Report on the cultivation and use of ganja
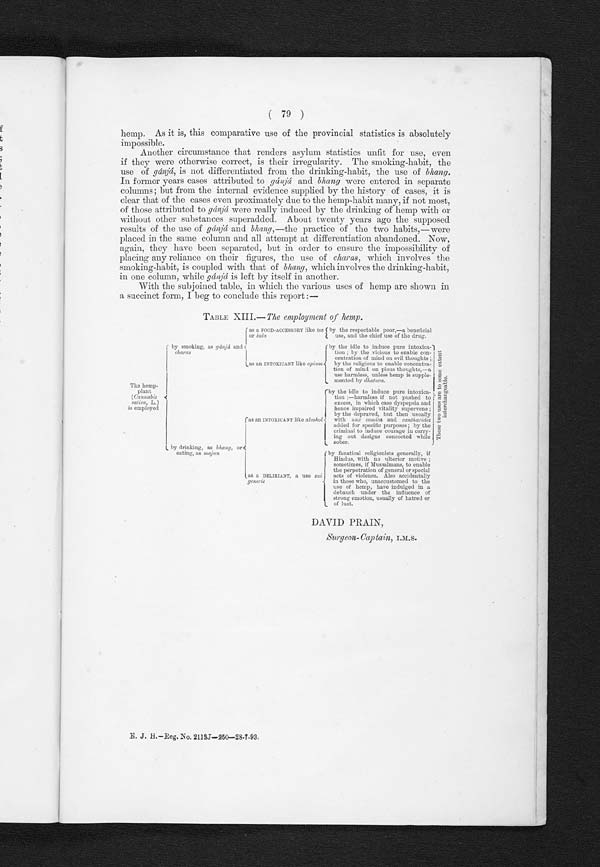
( 79 )
hemp. As it is, this comparative use of the provincial statistics is absolutely
impossible.
Another circumstance that renders asylum statistics unfit for use, even
if they were otherwise correct, is their irregularity. The smoking-habit, the
use of gánjá , is not differentiated from the drinking-habit, the use of bhang
In former years cases attributed to gánjá and bhang were entered in separate
columns ; but from the internal evidence supplied by the history of cases, it is
clear that of the cases even proximately due to the hemp-habit many, if not most,
of those attributed to gánjá were really induced by the drinking of hemp with or
without other substances superadded. About twenty years ago the supposed
results of the use of gánjá and bhang,—the practice of the two habits,—were
placed in the same column and all attempt at differentiation abandoned. Now,
again, they have been separated, but in order to ensure the impossibility of
placing any reliance on their figures, the use of charas, which involves the
smoking-habit, is coupled with that of bhang , which involves the drinking-habit,
in one column, while gánjá is left by itself in another.
With the subjoined table, in which the various uses of hemp are shown in
a succinct form, I beg to conclude this report :—
TABLE XIII.—
The employment of hemp.
(as a FOOD-ACCESSORY like tea
or kola
l by the respectable poor,—a beneficial
use, and the chief use of the drug.
by smoking, as gánjá and
charas
f
as an INTOXICANT like opium
by the idle to induce pure intoxica-
tion; by the vicious to enable con-centration of mind on evil thoughts; by the religious to enable concentra-
tion of mind on pious thoughts,
—use harmless, unless hemp is supple
mented by dhatura.
The hemp.
plant
(Cannabi
ssatica,L.)
is employed
as an INTOXICANT like alcohol°(
by the idle to induce pure intoxica
tion ;—harmless if not pushed to
excess, in which case dyspepsia and
hence impaired vitality supervene ;
by the depraved, but then usually
with nux comi
ca and cantharales
added for specific purposes ; by the
criminal to induce courage in carry-
ing out designs concocted while
sober.
by drinking, as bh ang; or
eating, as majan
(as a DELIRIANT, a use sui generis
(by fanatical religionists generally, if
Hindus, with no ulterior motive ;
sometimes, if Mussalmans, to enable
the perpetration of general or special
acts of violence. Also accidentally
in those who, unaccustomed to the
use of hemp, have indulged in a
debauch under the influence of
strong emotion, usually of hatred or
of lust.
DAVID PRAIN,
S'urgeon-Captain,
E. J . H.—Reg. No. 2113J—250—28.7.93